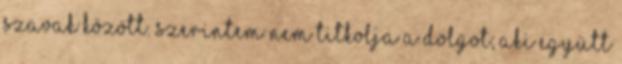
szavak között. Szerintem nem titkolja a dolgot; aki együtt